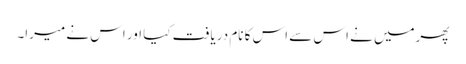
پھرمیں نے اس سے اس کا نام دریافت کیا اور اس نے میرا۔